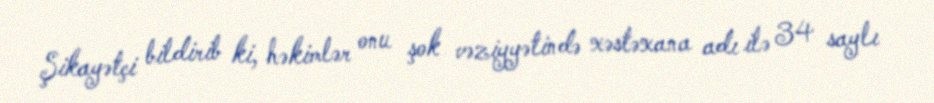
Şikayətçi bildirib ki, həkimlər onu şok vəziyyətində xəstəxana adı ilə 34 saylı